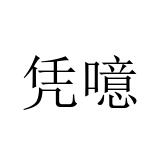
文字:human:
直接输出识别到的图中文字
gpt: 凭噫